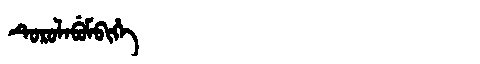
Manchu: ᡨᡠᡵᡠᠯᠠᠪᡠᠮᠪᡳᡥᡝ
Romanization: TURULABUMBIHE